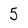
Character: 5